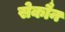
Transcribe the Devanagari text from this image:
सेकौन